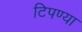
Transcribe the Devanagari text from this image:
टिपण्या